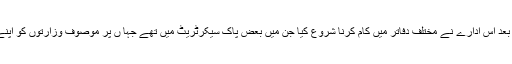
2012میں ڈریپ کے قیام کے بعد اس ادارے نے مختلف دفاتر میں کام کرنا شروع کیا جن میں بعض پاک سیکرٹریٹ میں تھے جہا ں پر موصوف وزارتوں کو اپنے دفاتر رکھنے کی اجازت ہے۔